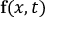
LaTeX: \mathbf { f } ( x , t )